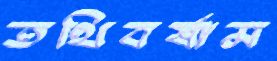
তথিবর্ষাম